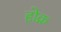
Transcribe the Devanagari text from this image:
होक्र